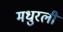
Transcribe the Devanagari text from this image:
मधुरली